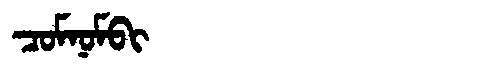
Manchu: ᠴᠣᠮᠨᠣᠮᠪᡳ
Romanization: COMNOMBI